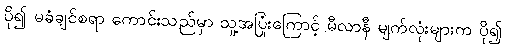
ပို၍ မခံချင်စရာ ကောင်းသည်မှာ သူ့အပြုံးကြောင့် မီလာနီ မျက်လုံးများက ပို၍